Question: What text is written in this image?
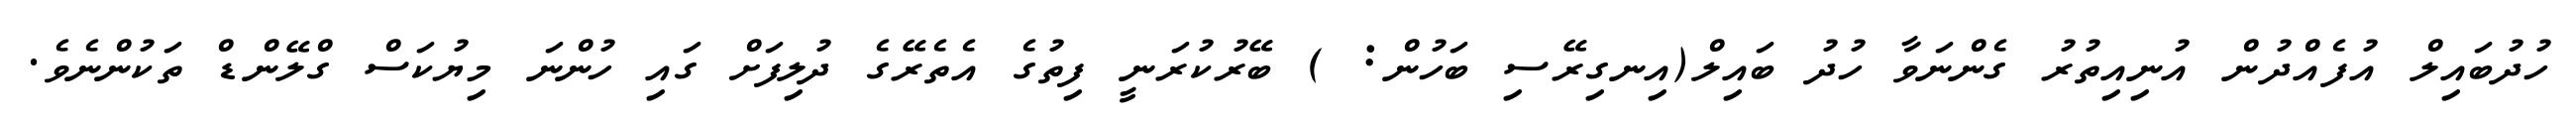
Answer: ހުދުބައިލް އުފެއްދުން އުނިއިތުރު ގެންނަވާ ހުދު ބައިލް(އިނގިރޭސި ބަހުން: ) ބޭރުކުރަނީ ފިތުގެ އެތެރޭގެ ދުލިފަށް ގައި ހުންނަ މިޔުކަސް ގްލޭންޑް ތަކުންނެވެ.